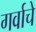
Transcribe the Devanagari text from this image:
गर्वाचे